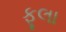
ફૂલા